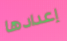
إعدادها